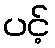
ပင့်